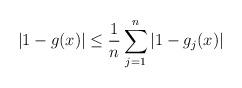
LaTeX: \begin{align*}|1-g(x)|\leq\frac1{n}\sum_{j=1}^n|1-g_j(x)|\quad\end{align*}